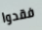
فقدوا